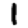
Digit: 1